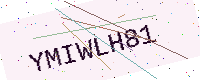
Text: YMIWLH81